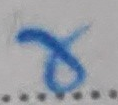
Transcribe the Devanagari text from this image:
रा